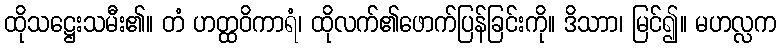
ထိုသဋ္ဌေးသမီး၏။ တံ ဟတ္ထဝိကာရံ၊ ထိုလက်၏ဖောက်ပြန်ခြင်းကို။ ဒိသာာ၊ မြင်၍။ မဟလ္လက